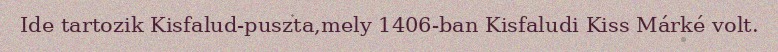
Ide tartozik Kisfalud-puszta,mely 1406-ban Kisfaludi Kiss Márké volt.